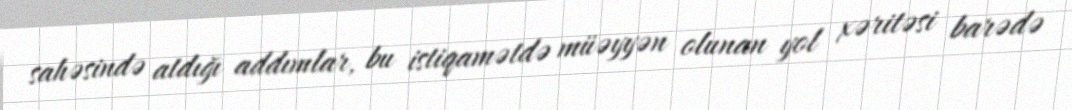
sahəsində atdığı addımlar, bu istiqamətdə müəyyən olunan yol xəritəsi barədə